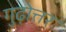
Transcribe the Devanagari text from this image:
गुढ़ोत्तर